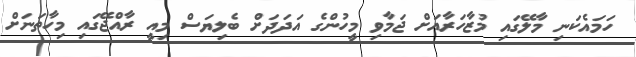
ހަމައެކަނި މާލޭގައި މުޒާހަރާއަށް ޖަމާވި މީހުންގެ އަދަދަށް ބެލިޔަސް މިއީ ރާއްޖޭގައި މިހާތަނަށް